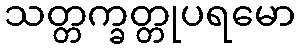
သတ္တက္ခတ္တုပရမော